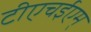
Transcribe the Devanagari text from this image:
टीएचईएम्